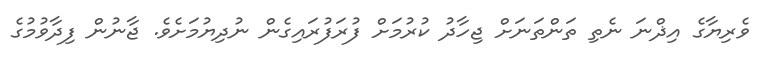
ވެރިޔާގެ އިޛްނަ ނެތި ތަންތަނަށް ޖިހާދު ކުރުމަށް ފުރަފުރައިގެން ނުދިޔުމަށެވެ. ޖާނުން ފިދާވުމުގެ